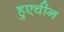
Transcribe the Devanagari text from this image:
हुएचीन